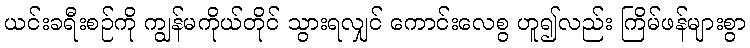
ယင်းခရီးစဉ်ကို ကျွန်မကိုယ်တိုင် သွားရလျှင် ကောင်းလေစွ ဟူ၍လည်း ကြိမ်ဖန်များစွာ